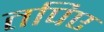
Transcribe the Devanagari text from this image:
तपिए